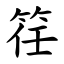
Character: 䇮